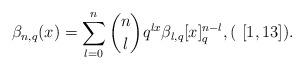
LaTeX: \begin{align*}\beta_{n,q}(x) = \sum_{l=0}^n {n \choose l} q^{lx} \beta_{l,q} [x]_q^{n-l}, ( \,\, [1,13]).\end{align*}